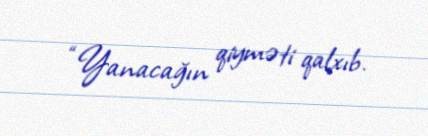
“Yanacağın qiyməti qalxıb.